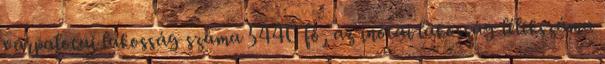
várpalotai lakosság száma 5440 fő, az inotai lakosság lélekszáma